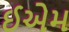
ઈએમ